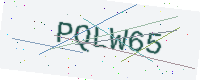
Text: PQLW65